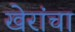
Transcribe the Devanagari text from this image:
खेरांचा